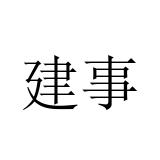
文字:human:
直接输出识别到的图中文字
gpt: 建事